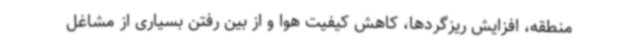
منطقه، افزایش ریزگردها، کاهش کیفیت هوا و از بین رفتن بسیاری از مشاغل